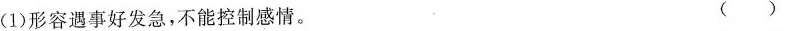
(1)形容遇事好发急，不能控制感情。 ()